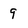
Character: 9